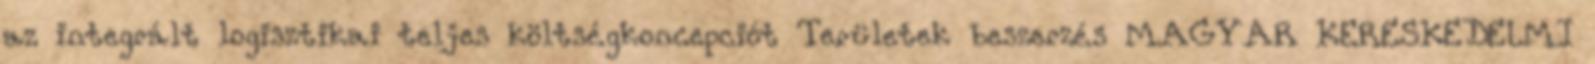
az integrált logisztikai teljes költségkoncepciót Területek beszerzés MAGYAR KERESKEDELMI